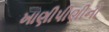
ખાણીપીણીનો